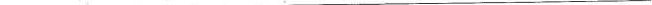
___